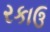
રકાઉ